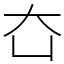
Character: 㚎